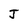
Character: J